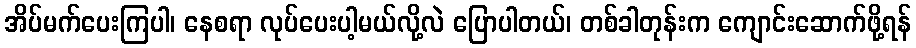
အိပ်မက်ပေးကြပါ၊ နေစရာ လုပ်ပေးပါ့မယ်လို့လဲ ပြောပါတယ်၊ တစ်ခါတုန်းက ကျောင်းဆောက်ဖို့ရန်